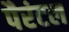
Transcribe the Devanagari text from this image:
पैरंटल